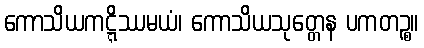
ကောသိယကဋ္ဋိဿမယံ၊ ကောသိယသုတ္တေန ပကတဉ္စ။